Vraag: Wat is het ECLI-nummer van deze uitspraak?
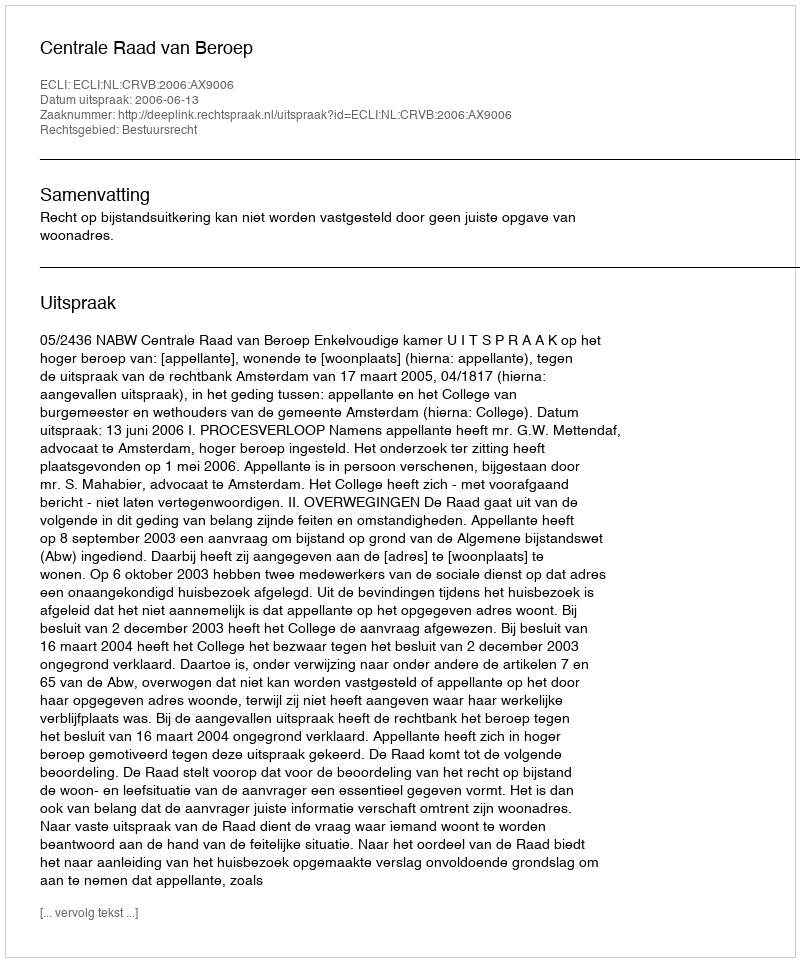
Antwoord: ECLI:NL:CRVB:2006:AX9006